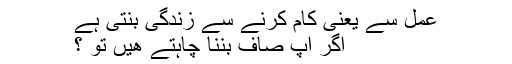
عمل سے یعنی کام کرنے سے زندگی بنتی ہے
اگر اپ صاف بننا چاہتے هیں تو ؟